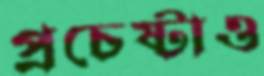
প্রচেষ্টাও